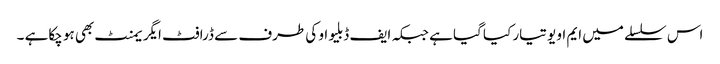
اس سلسلے میں ایم او یو تیار کیا گیا ہے جبکہ ایف ڈبلیو او کی طرف سے ڈرافٹ ایگر یمنٹ بھی ہو چکاہے ۔